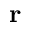
\textbf { r }